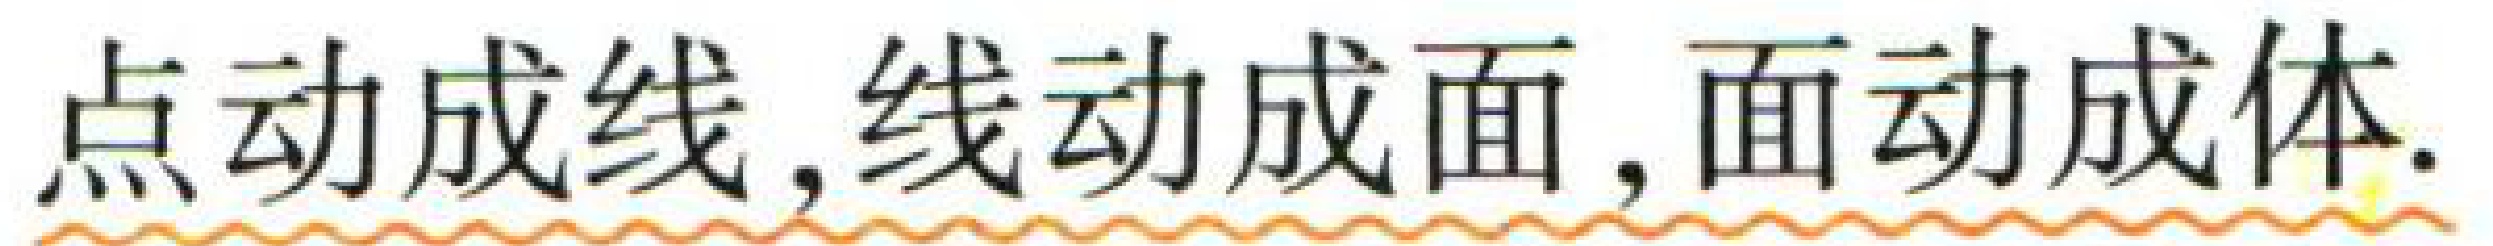
点动成线, 线动成面, 面动成体.